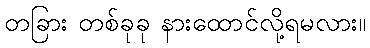
တခြား တစ်ခုခု နားထောင်လို့ရမလား။